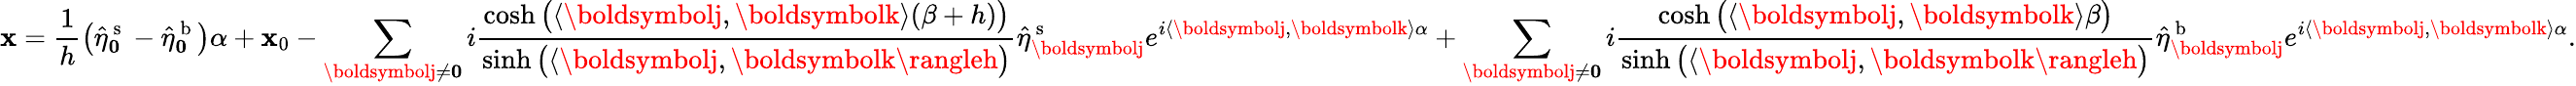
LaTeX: \mathbf{x}=\frac{{1}}{{h}}\big(\hat{{\eta}}_{\boldsymbol0}^{\mathrm{{~s~}}}-\hat{{\eta}}_{\boldsymbol0}^{\mathrm{{~b~}}}\big)\alpha+\mathbf{x}_{0}-\sum_{\boldsymbolj\neq\boldsymbol0}i\frac{{\cosh\big(\langle\boldsymbolj,\boldsymbolk\rangle(\beta+h)\big)}}{{\sinh\big(\langle\boldsymbolj,\boldsymbolk\rangleh\big)}}\hat{{\eta}}_{\boldsymbolj}^{\mathrm{{~s~}}}e^{i\langle\boldsymbolj,\boldsymbolk\rangle\alpha}+\sum_{\boldsymbolj\neq\boldsymbol0}i\frac{{\cosh\big(\langle\boldsymbolj,\boldsymbolk\rangle\beta\big)}}{{\sinh\big(\langle\boldsymbolj,\boldsymbolk\rangleh\big)}}\hat{{\eta}}_{\boldsymbolj}^{\mathrm{{~b~}}}e^{i\langle\boldsymbolj,\boldsymbolk\rangle\alpha}.